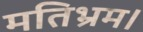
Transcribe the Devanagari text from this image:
मतिभ्रम।